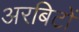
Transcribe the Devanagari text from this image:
अरबिटों